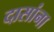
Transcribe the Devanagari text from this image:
दासांना